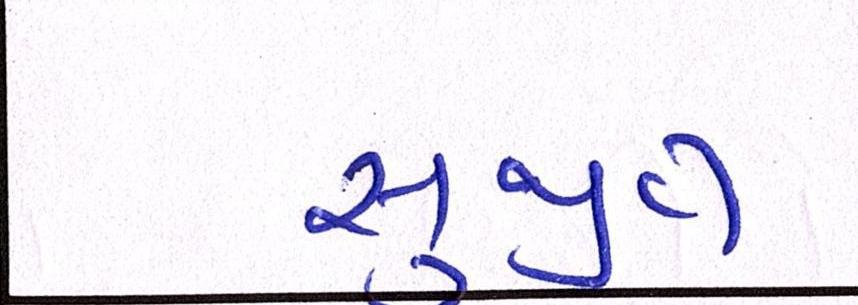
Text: સુજીત